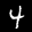
Label: 4